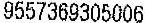
9557369305006